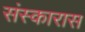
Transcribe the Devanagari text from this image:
संस्कारास